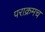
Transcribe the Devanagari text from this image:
पराक्रमच